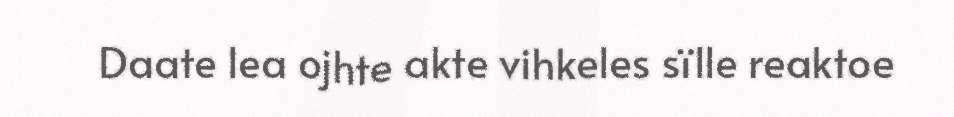
Daate lea ojhte akte vihkeles sïlle reaktoe